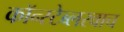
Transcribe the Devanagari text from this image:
कॉन्स्टेब्लरवाच